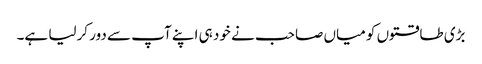
بڑی طاقتوں کو میاں صاحب نے خود ہی اپنے آپ سے دور کرلیا ہے۔